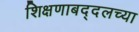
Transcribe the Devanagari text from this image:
शिक्षणाबद्दलच्या